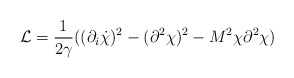
\begin{align*}{\cal L}=\frac{1}{2\gamma} ((\partial_i\dot\chi)^2-(\partial^2\chi)^2 - M^2\chi\partial^2\chi)\end{align*}